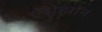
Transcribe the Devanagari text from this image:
ऍमेझॉन